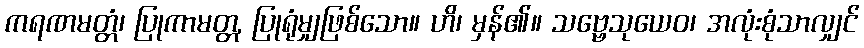
ကရဏမတ္တံ၊ ပြုကာမတ္တ, ပြုရုံမျှဖြစ်သော။ ဟိ၊ မှန်၏။ သဗ္ဗေသုယေဝ၊ အလုံးစုံသာလျှင်